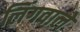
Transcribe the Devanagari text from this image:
लिंगवाले